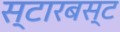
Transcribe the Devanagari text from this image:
स्टारबस्ट